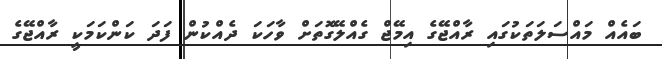
ބައެއް މައްސަލަތަކުގައި ރާއްޖޭގެ އިމޭޖް ގެއްލޭގޮތަށް ވާހަކަ ދެއްކުން ފަަދަ ކަންކަމަކީ ރާއްޖޭގެ